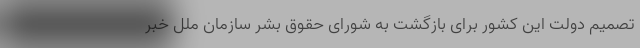
تصمیم دولت این کشور برای بازگشت به شورای حقوق بشر سازمان ملل خبر